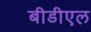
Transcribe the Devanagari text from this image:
बीडीएल